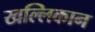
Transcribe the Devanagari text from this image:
खल्लिकान